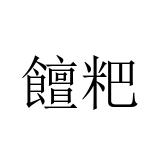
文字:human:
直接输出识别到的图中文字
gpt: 饘粑